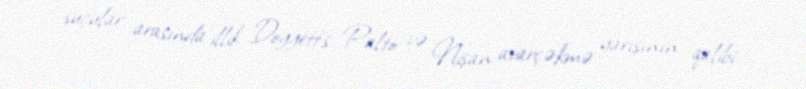
suçular arasında illik Doggett's Palto və Nişan avarçəkmə yarışının qalibi